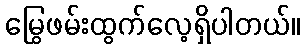
မြွေဖမ်းထွက်လေ့ရှိပါတယ်။